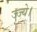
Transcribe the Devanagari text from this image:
ज्ज्ये।